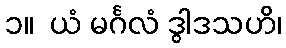
၁။  ယံ မင်္ဂလံ ဒွါဒသဟိ၊